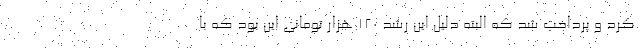
کرد و پرداخت شد که البته دلیل این رشد ۱۲۰ هزار تومانی این بود که با